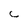
Character: C